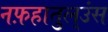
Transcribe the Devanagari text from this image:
नफ़हातुल्उंस